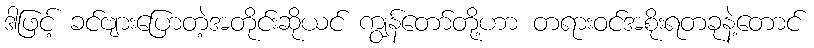
ဒါဖြင့် ခင်ဗျားပြောတဲ့အတိုင်းဆိုယင် ကျွန်တော်တို့ဟာ တရားဝင်အစိုးရတခုနဲ့တောင်